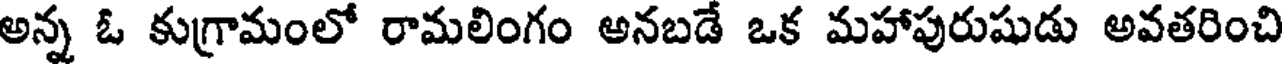
అన్న ఓ కుగ్రామంలో రామలింగం అనబడే ఒక మహాపురుషుడు అవతరించి